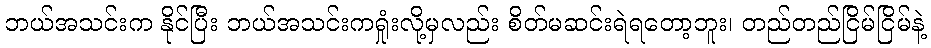
ဘယ်အသင်းက နိုင်ပြီး ဘယ်အသင်းကရှုံးလို့မှလည်း စိတ်မဆင်းရဲရတော့ဘူး၊ တည်တည်ငြိမ်ငြိမ်နဲ့